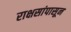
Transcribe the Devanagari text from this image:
राक्षसांपासून